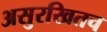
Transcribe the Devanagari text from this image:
असुरखितच